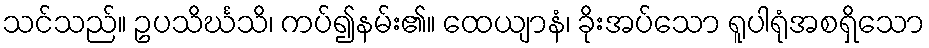
သင်သည်။ ဥပသိင်္ဃသိ၊ ကပ်၍နမ်း၏။ ထေယျာနံ၊ ခိုးအပ်သော ရူပါရုံအစရှိသော